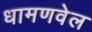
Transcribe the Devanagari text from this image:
धामणवेल